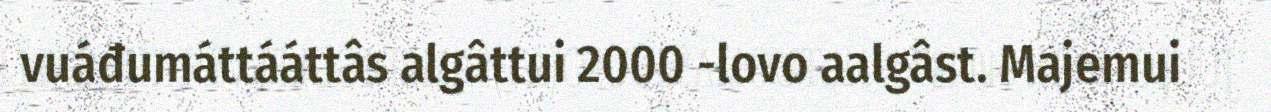
vuáđumáttááttâs algâttui 2000 -lovo aalgâst. Majemui